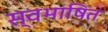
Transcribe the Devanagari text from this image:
स्वभाषित